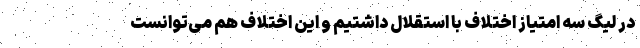
در لیگ سه امتیاز اختلاف با استقلال داشتیم و این اختلاف هم می‌توانست